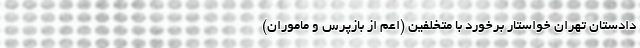
دادستان تهران خواستار برخورد با متخلفین (اعم از بازپرس و ماموران)